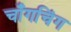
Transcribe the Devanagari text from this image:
चाँगचिंग